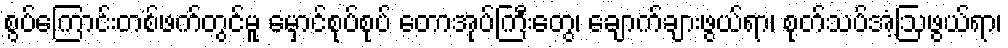
စွပ်ကြောင်းတစ်ဖက်တွင်မူ မှောင်စုပ်စုပ် တောအုပ်ကြီးတွေ၊ ချောက်ချားဖွယ်ရာ၊ စုတ်သပ်အံ့ဩဖွယ်ရာ၊